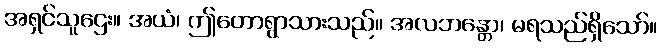
အရှင်သူဌေး။ အယံ၊ ဤတောရွာသားသည်။ အလဘန္တော၊ မရသည်ရှိသော်။